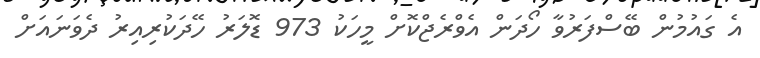
އެ ގައުމުން ބޭސްފަރުވާ ހޯދަން އެވްރެޖްކޮށް މީހަކު 973 ޑޮލަރު ހޭދަކުރިއިރު ދެވަނައަށް